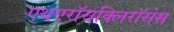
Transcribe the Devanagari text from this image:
एथएरॉसक्लिरॉसेस